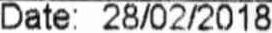
DATE: 28/02/2018